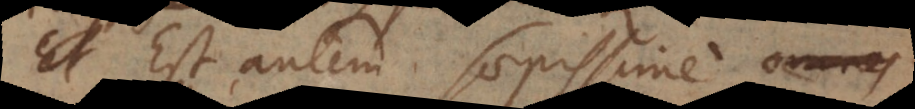
Est autem saepissime omnibus